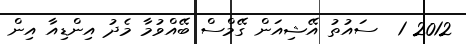
2012 1  ސައުތު އޭޝިއަން ގޭމްސް ބޭއްވުމާ މެދު އިންޑިއާ އިން